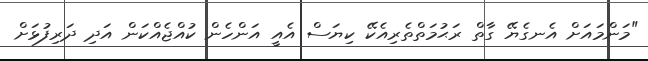
"މަންމައަށް އެނގެޔޭ ގާތް ރަޙުމަތްތެރިއެކޭ ކިޔަސް އެއީ އަންހެން ކުއްޖެއްކަން އަދި ދަރިފުޅަށް